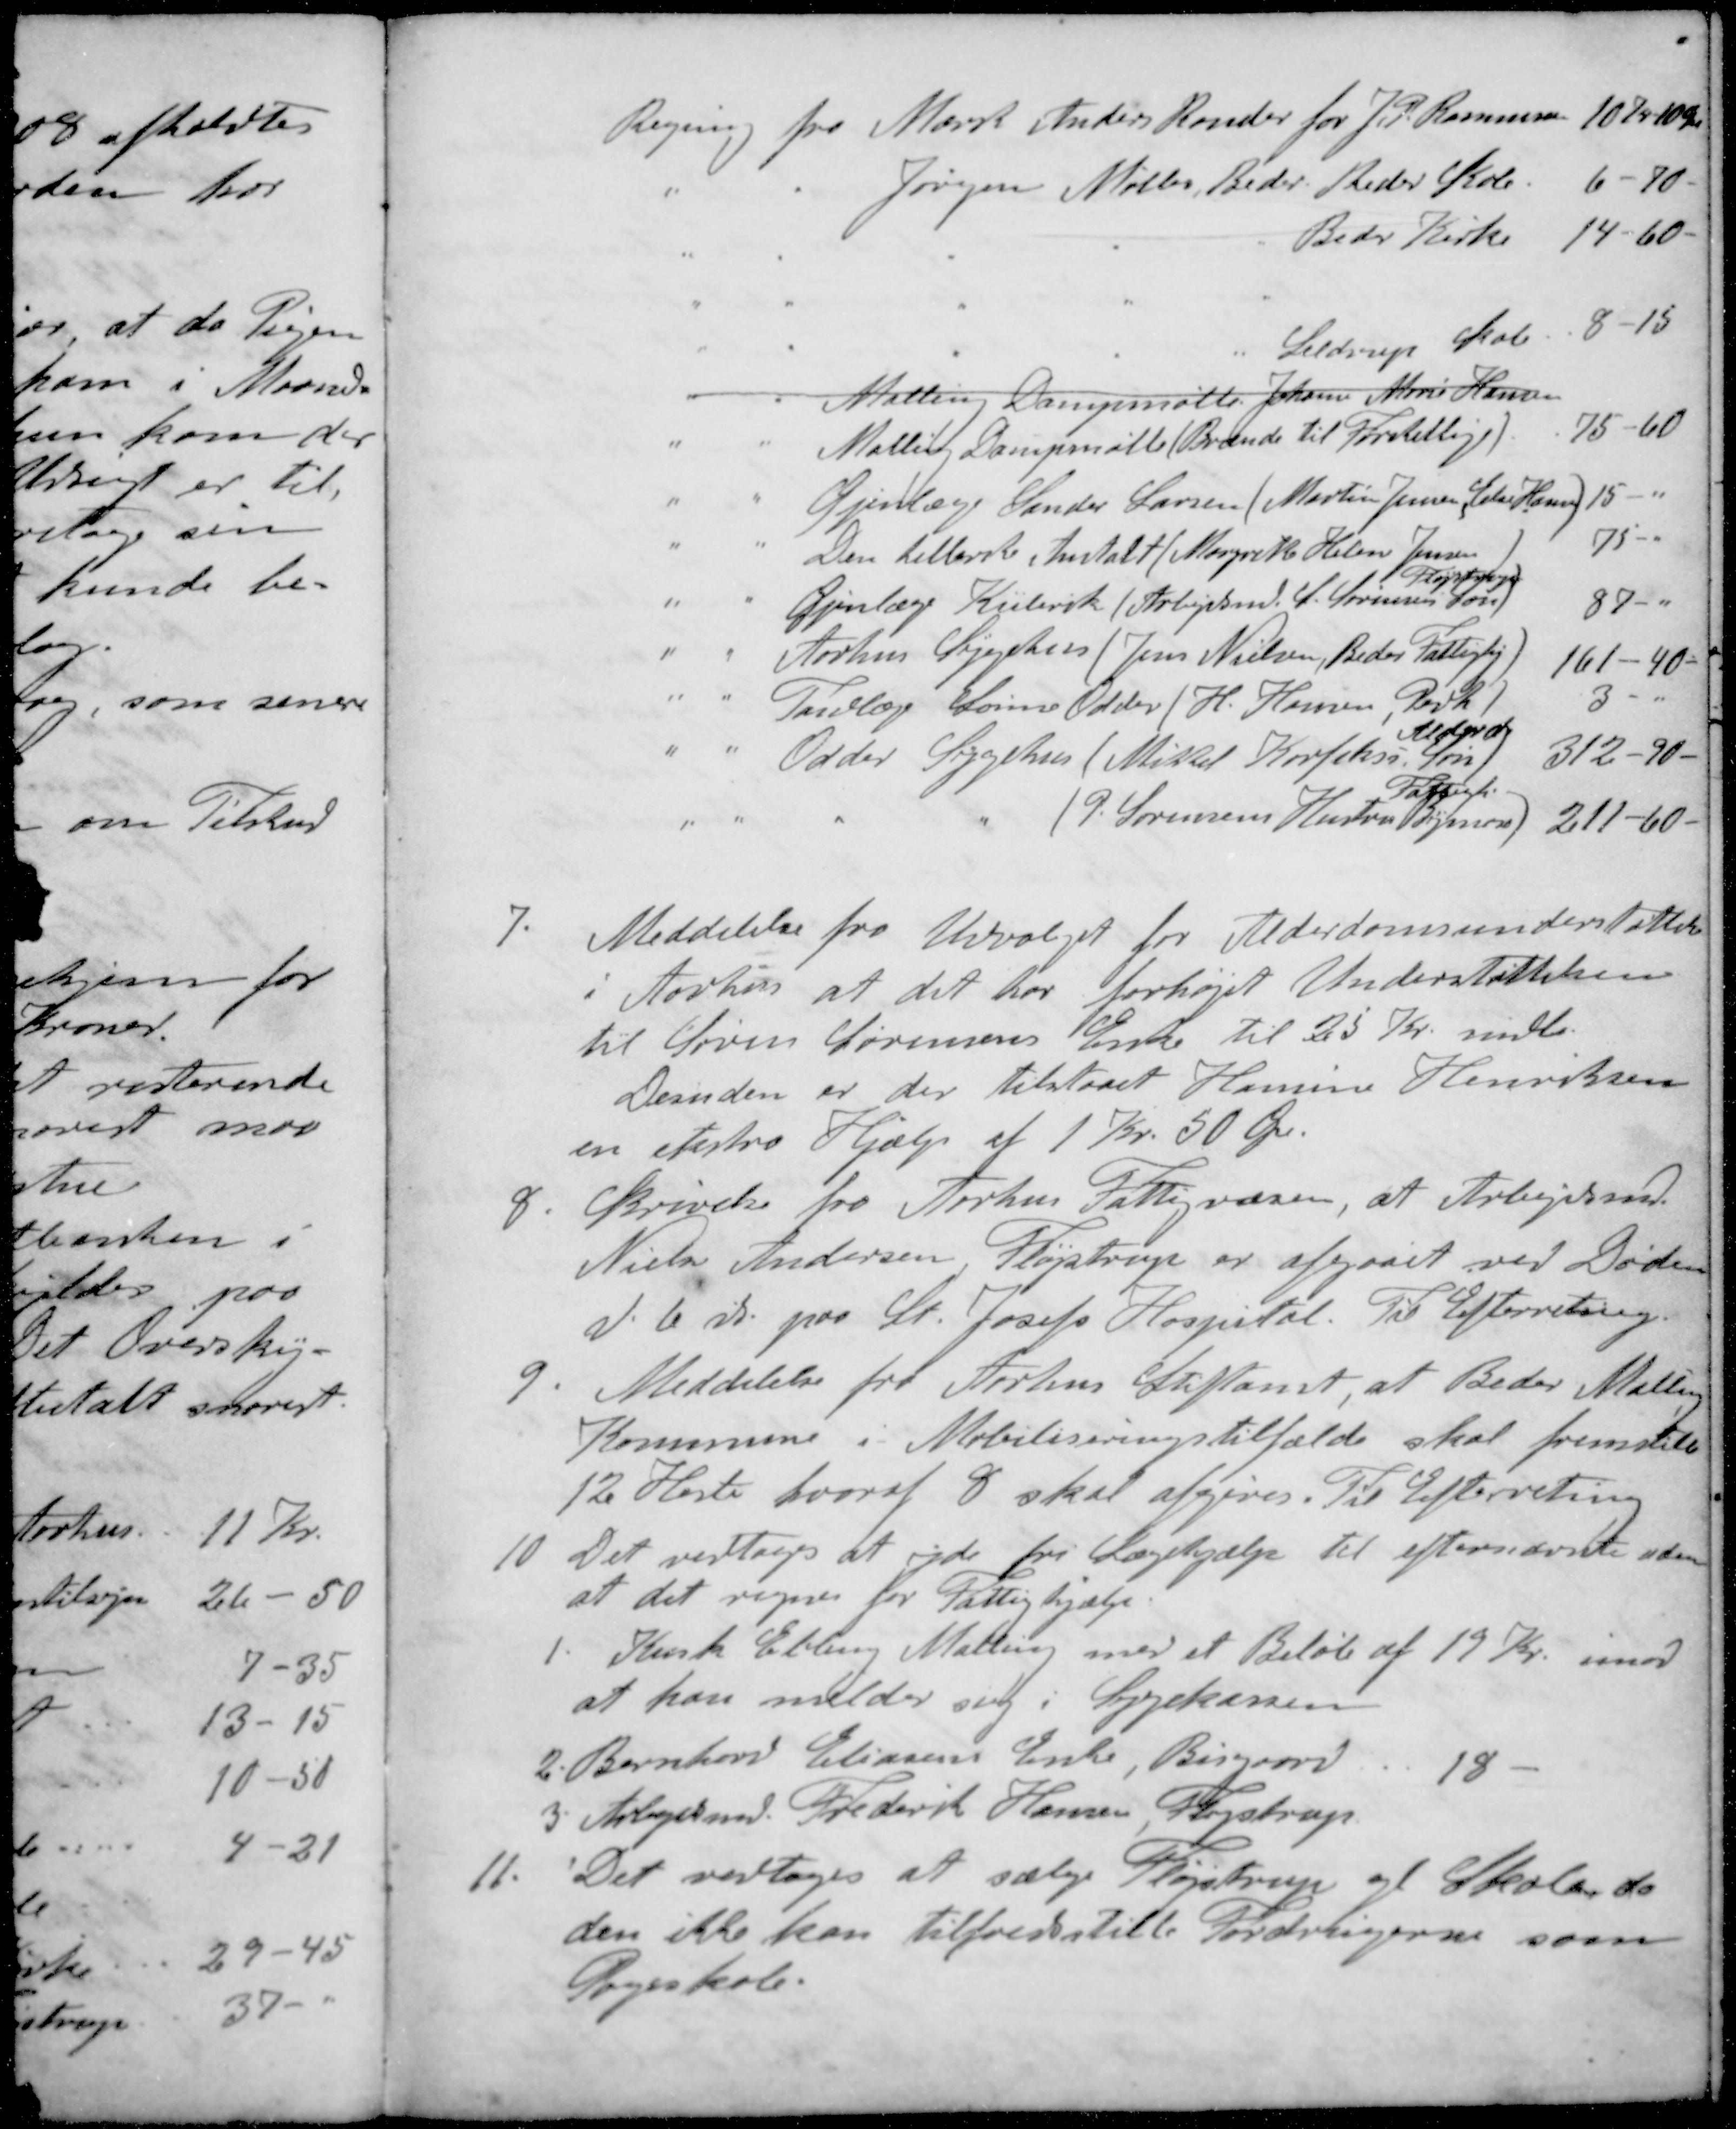
Transskription:
Regning fra Marsk Anders Rønder for J. P. Rasmussen 10 Kr. 00 Øre
" " Jørgen Møller, Beder Beder Skole 6 - 70
" " " " " Beder Kirke 14 - 60
" " " " " Seldrup Skol 8-15
" " Malling Dampmøtte Johanne Marie Hansen
" " Malling Dampmølle (Brænde til Forskellige). 75-60
" " Øjenlæge Sander Larsen (Martin Jensen, Else Hansen) 15
" " Den kellerske Anstalt (Margrethe Helen Jensen 75-
Fløjstrup
" "  Øjnlæge Kielerik (Arbejdsmd. S Sørensens Søn 87-
" " Aarhus Sygehus (Jens Nielsen, Beder Fattighj). 161 - 40.
" " Tandlæge Sørensen Odder (H. Hansen, Pedh) 3 -
Alfred
" " Odder Sygehus (Mikkel Korfeks. Søn) 312-90-
Fattigh
" " " " (P. Sørensens Hustru Bymose 211-60 -
7. Meddelelse fra Udvalget for Alderdomsunderstøttelse
i Aarhus at det har forhøjet Understøttelsen
til Søren Sørensens Enke til 25 Kr. mdl.
Desuden er der tilstaaet Hansine Henriksen
en ekstra Hjælp af 1 Kr. 50 Øre.
8. Skrivelse fra Aarhus Fattigvæsen, at Arbejdsmd
Niels Andersen Fløjstrup er afgaaet ved Døden
d. 6 ds. paa St. Josefs Hospital. Til Efterretning.
9. Meddelelse fra Aarhus Stiftamt, at Beder Malling
Kommune i Mobiliseringstilfælde skal fremstille
12 Heste hvoraf 8 skal afgives. Til Efterretning
10. Det vedtoges at yde fri Lægehjælp til efternævnte uden
at det regnes for Fattighjælp.
1. Kusk Ebling Malling med et Beløb af 19 Kr. imod
at han melder sig i Sygekassen
2. Bernhard Eliasens Enke, Bisgaard. 18
3 Arbejdsmd. Frederik Hansen, Fjøjstrup
11. Det vedtoges at sælge Fløjstrup gl Skole da
den ikke kan tilfredsstille Fordringerne som
Pogeskole